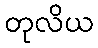
တုလိယ